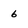
Character: 6